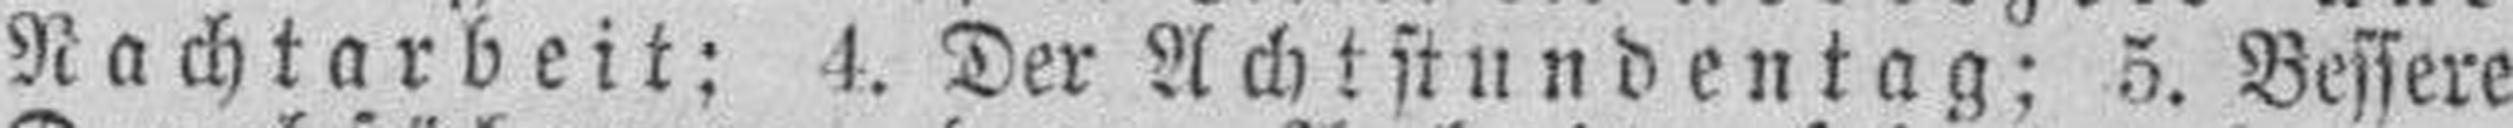
Nachtarbeit; 4. Der Achtstundentag; 5. Bessere